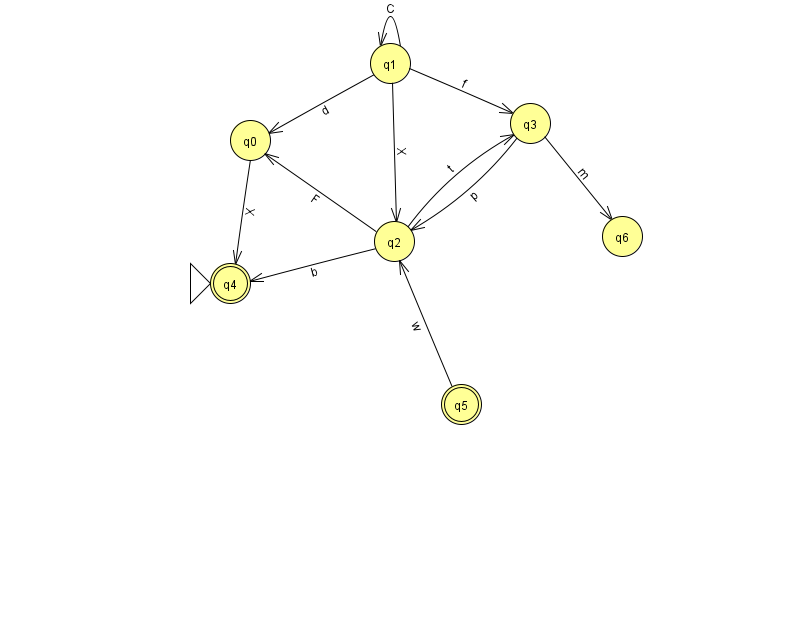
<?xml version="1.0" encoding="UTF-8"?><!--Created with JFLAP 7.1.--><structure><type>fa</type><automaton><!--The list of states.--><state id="0" name="q0"><x>250.0</x><y>127.0</y></state><state id="1" name="q1"><x>390.0</x><y>50.0</y></state><state id="2" name="q2"><x>394.0</x><y>228.0</y></state><state id="3" name="q3"><x>530.0</x><y>110.0</y></state><state id="4" name="q4"><x>230.0</x><y>270.0</y><initial/><final/></state><state id="5" name="q5"><x>461.0</x><y>391.0</y><final/></state><state id="6" name="q6"><x>622.0</x><y>223.0</y></state><!--The list of transitions.--><transition><from>1</from><to>3</to><read>f</read></transition><transition><from>5</from><to>2</to><read>w</read></transition><transition><from>1</from><to>1</to><read>C</read></transition><transition><from>2</from><to>3</to><read>t</read></transition><transition><from>3</from><to>2</to><read>p</read></transition><transition><from>1</from><to>0</to><read>d</read></transition><transition><from>1</from><to>2</to><read>X</read></transition><transition><from>3</from><to>6</to><read>m</read></transition><transition><from>0</from><to>4</to><read>X</read></transition><transition><from>2</from><to>0</to><read>F</read></transition><transition><from>2</from><to>4</to><read>b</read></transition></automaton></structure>